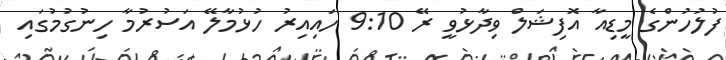
ފުލުހުންގެ މީޑިއާ އޮފިޝަލް ވިދާޅުވީ ރޭ 9:10 ހައިއިރު ހުޅުމާލޭ އަސުރުމާ ހިނުގުމުގައި